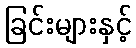
ခြင်းများနှင့်